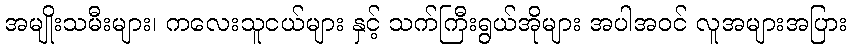
အမျိုးသမီးများ၊ ကလေးသူငယ်များ နှင့် သက်ကြီးရွယ်အိုများ အပါအဝင် လူအများအပြား